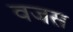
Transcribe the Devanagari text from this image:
वजस